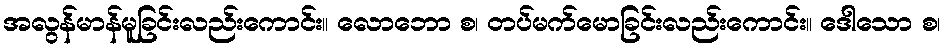
အလွန်မာန်မူခြင်းလည်းကောင်း။ လောဘော စ၊ တပ်မက်မောခြင်းလည်းကောင်း။ ဒေါသော စ၊